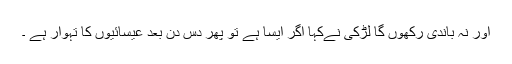
اور نہ باندی رکھوں گا لڑکی نےکہا اگر ایسا ہے تو پھر دس دن بعد عیسائیوں کا تہوار ہے ۔